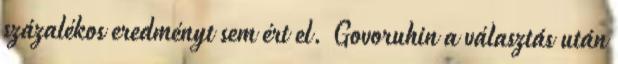
százalékos eredményt sem ért el. Govoruhin a választás után